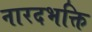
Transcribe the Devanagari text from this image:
नारदभक्ति